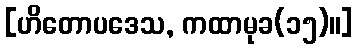
[ဟိတောပဒေသ, ကထာမုခ(၁၅)။]